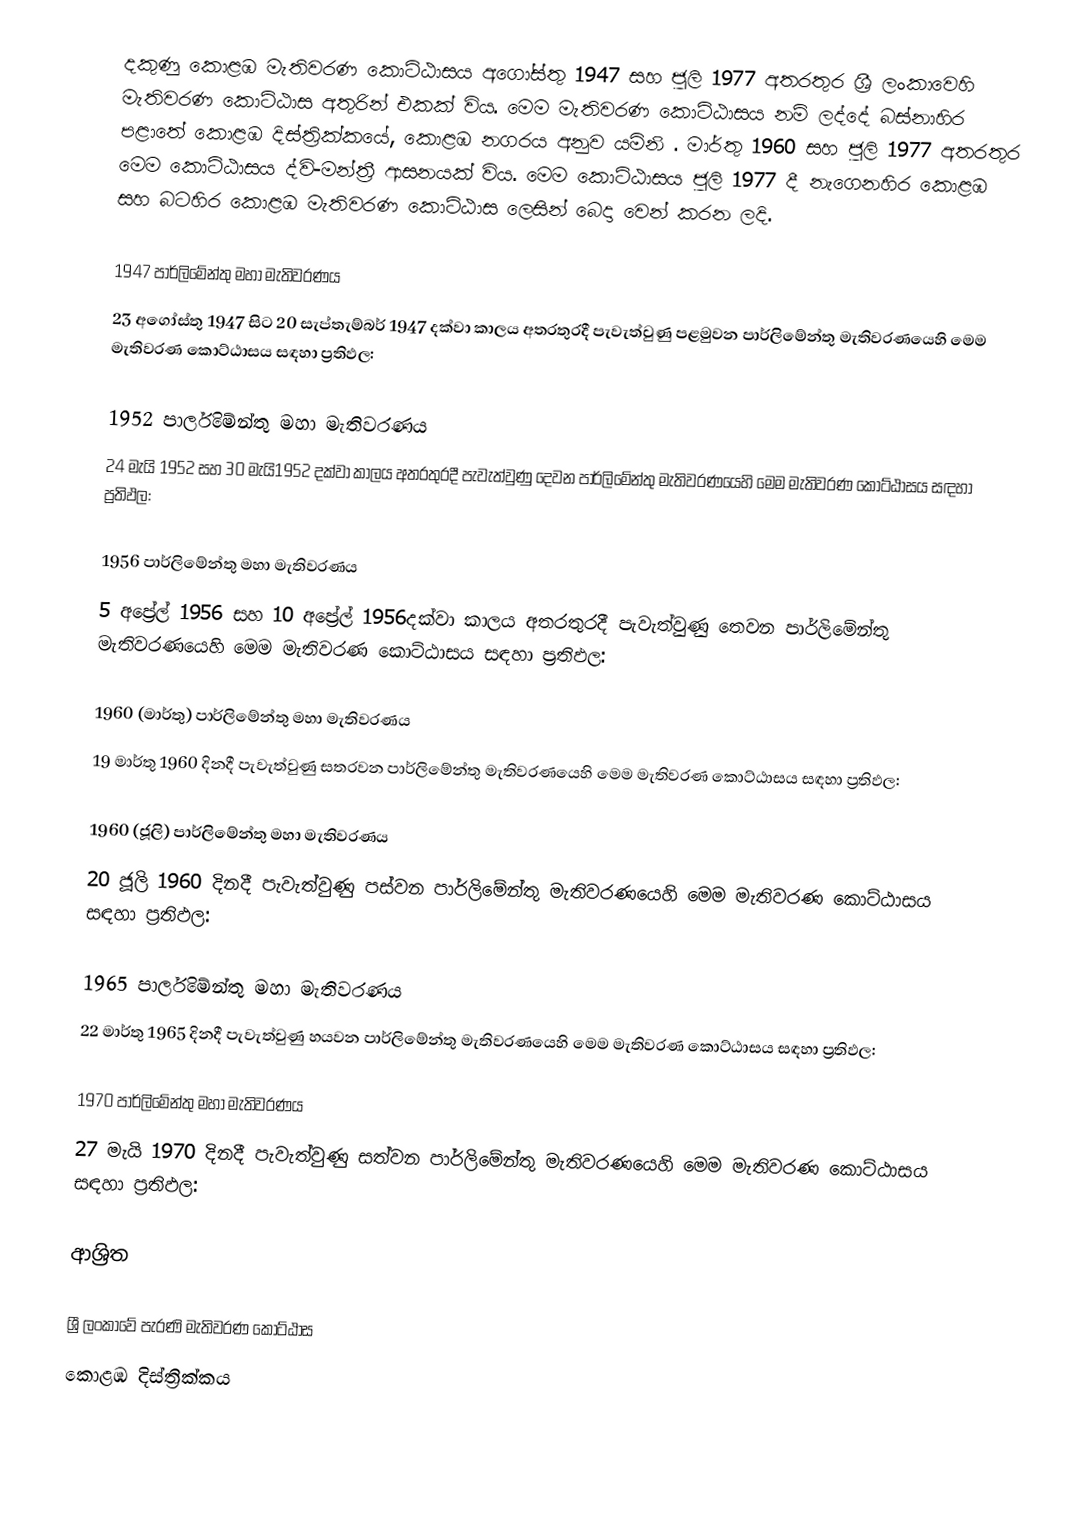
දකුණු කොළඹ මැතිවරණ කොට්ඨාසය  අගෝස්තු 1947 සහ ජූලි  1977 අතරතුර  ශ්‍රී ලංකාවෙහි  මැතිවරණ කොට්ඨාස අතුරින් එකක් විය. මෙම මැතිවරණ කොට්ඨාසය නම් ලද්දේ  බස්නාහිර පළාතේ  කොළඹ දිස්ත්‍රික්කයේ,  කොළඹ නගරය අනුව යමිනි . මාර්තු 1960 සහ  ජූලි 1977 අතරතුර මෙම කොට්ඨාසය ද්වි-මන්ත්‍රී ආසනයක් විය. මෙම කොට්ඨාසය  ජූලි 1977 දී  නැගෙනහිර කොළඹ සහ   බටහිර කොළඹ මැතිවරණ කොට්ඨාස ලෙසින් බෙදා වෙන් කරන ලදි.

1947 පාර්ලිමේන්තු මහා මැතිවරණය
23 අගෝස්තු 1947 සිට 20 සැප්තැම්බර් 1947 දක්වා කාලය අතරතුරදී පැවැත්වුණු  පළමුවන පාර්ලිමේන්තු මැතිවරණයෙහි මෙම මැතිවරණ කොට්ඨාසය සඳහා ප්‍රතිඵල:

1952 පාර්ලිමේන්තු මහා මැතිවරණය
24 මැයි 1952 සහ 30 මැයි1952 දක්වා කාලය අතරතුරදී පැවැත්වුණු  දෙවන පාර්ලිමේන්තු මැතිවරණයෙහි මෙම මැතිවරණ කොට්ඨාසය සඳහා ප්‍රතිඵල:

1956 පාර්ලිමේන්තු මහා මැතිවරණය
5 අප්‍රේල් 1956 සහ 10 අප්‍රේල් 1956දක්වා කාලය අතරතුරදී පැවැත්වුණු  තෙවන පාර්ලිමේන්තු මැතිවරණයෙහි මෙම මැතිවරණ කොට්ඨාසය සඳහා ප්‍රතිඵල:

1960 (මාර්තු) පාර්ලිමේන්තු මහා මැතිවරණය
19 මාර්තු 1960 දිනදී පැවැත්වුණු  සතරවන පාර්ලිමේන්තු මැතිවරණයෙහි මෙම මැතිවරණ කොට්ඨාසය සඳහා ප්‍රතිඵල:

1960 (ජූලි) පාර්ලිමේන්තු මහා මැතිවරණය
20 ජූලි 1960 දිනදී පැවැත්වුණු  පස්වන පාර්ලිමේන්තු මැතිවරණයෙහි මෙම මැතිවරණ කොට්ඨාසය සඳහා ප්‍රතිඵල:

1965 පාර්ලිමේන්තු මහා මැතිවරණය
22 මාර්තු 1965  දිනදී පැවැත්වුණු  හයවන පාර්ලිමේන්තු මැතිවරණයෙහි මෙම මැතිවරණ කොට්ඨාසය සඳහා ප්‍රතිඵල:

1970 පාර්ලිමේන්තු මහා මැතිවරණය
27 මැයි 1970 දිනදී පැවැත්වුණු  සත්වන පාර්ලිමේන්තු මැතිවරණයෙහි මෙම මැතිවරණ කොට්ඨාසය සඳහා ප්‍රතිඵල:

ආශ්‍රිත

ශ්‍රී ලංකාවේ පැරණි මැතිවරණ කොට්ඨාස
 කොළඹ දිස්ත්‍රික්කය